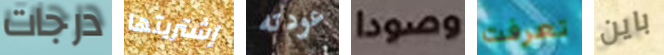
درجات إشتريتها عودته وصودا تعرفت باين